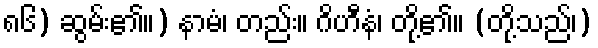
၈၆) ဆွမ်း၏။) နာမံ၊ တည်း။ ဂိဟီနံ၊ တို့၏။ (တို့သည်၊)